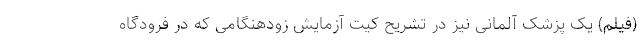
(فیلم) یک پزشک آلمانی نیز در تشریح کیت آزمایش زودهنگامی که در فرودگاه